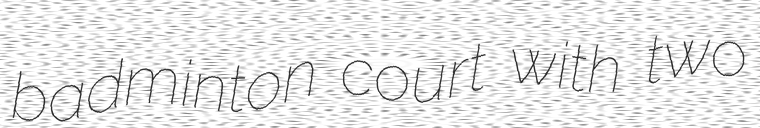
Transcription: badminton court with two